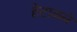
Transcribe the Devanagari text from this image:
हेटाळले